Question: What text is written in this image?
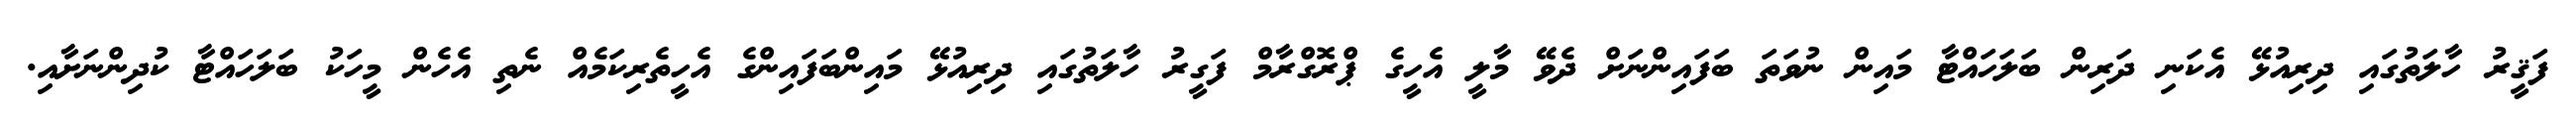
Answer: ފަޤީރު ހާލަތުގައި ދިރިއުޅޭ އެކަނި ދަރިން ބަލަހައްޓާ މައިން ނުވަތަ ބަފައިންނަށް ދެވޭ މާލީ އެހީގެ ޕްރޮގްރާމް ފަގީރު ހާލަތުގައި ދިރިއުޅޭ މައިންބަފައިންގެ އެހީތެރިކަމެއް ނެތި އެހެން މީހަކު ބަލަހައްޓާ ކުދިންނަށާއި.